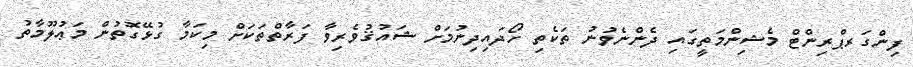
ފިންގަރޕްރިންޓް މެޝިންމަތީގައި ދެންނެވުނު ތަކެތި ހޯދައިދިނުމަށް ޝައުޤުވެރިވާ ފަރާތްތަކަށް މިކަމާ ގުޅޭގޮތުން މަޢުލޫމާތު